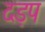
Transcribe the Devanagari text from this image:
दड़प